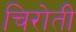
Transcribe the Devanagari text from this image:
चिरोती